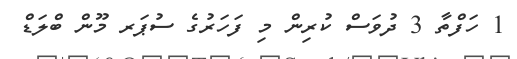
1 ހަފްތާ 3 ދުވަސް ކުރިން މި ފަހަރުގެ ސުޕަރ މޫން ބްލަޑް